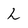
Character: h